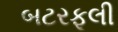
બટરફૂલી